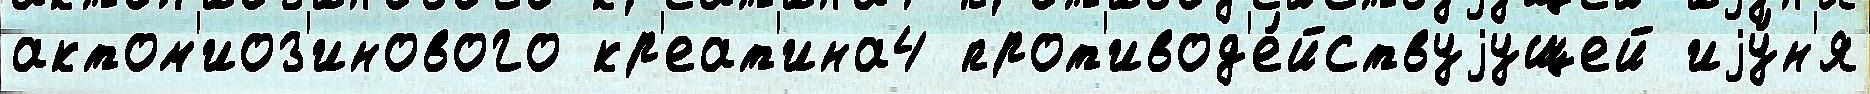
актом'иоз'инового кр'еат'ина4 прот'ивод'е́йствуjущей иjу́н'я